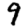
Digit: 9